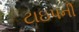
ટાઇપની